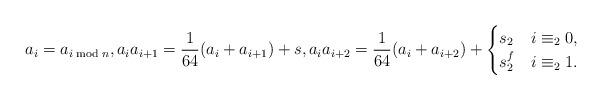
LaTeX: \begin{align*} a_i = a_{i \bmod n}, a_ia_{i+1} = \frac{1}{64}(a_i+a_{i+1})+s, a_ia_{i+2} = \frac{1}{64}(a_i+a_{i+2}) + \begin{cases} s_2 & i\equiv_2 0, \\ s_2^f & i\equiv_2 1. \end{cases} \end{align*}